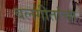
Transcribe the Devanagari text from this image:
बलगीतांचा